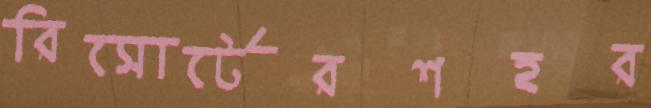
রিসোর্টেরশহর